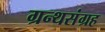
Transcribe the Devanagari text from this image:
ग्रन्थसंग्रह